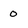
Character: 0